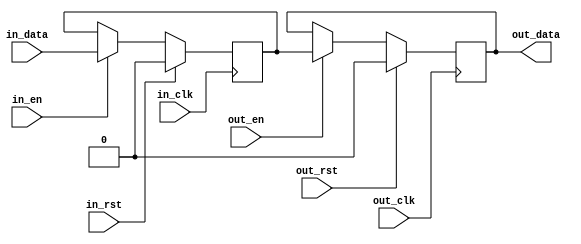
// 
// Copyright (c) 2011, Daniel Strother < http://danstrother.com/ >
// All rights reserved.
// 
// Redistribution and use in source and binary forms, with or without
// modification, are permitted provided that the following conditions are met:
//   - Redistributions of source code must retain the above copyright notice,
//     this list of conditions and the following disclaimer.
//   - Redistributions in binary form must reproduce the above copyright
//     notice, this list of conditions and the following disclaimer in the
//     documentation and/or other materials provided with the distribution.
//   - The name of the author may not be used to endorse or promote products
//     derived from this software without specific prior written permission.
// 
// THIS SOFTWARE IS PROVIDED BY THE AUTHOR "AS IS" AND ANY EXPRESS OR IMPLIED
// WARRANTIES, INCLUDING, BUT NOT LIMITED TO, THE IMPLIED WARRANTIES OF
// MERCHANTABILITY AND FITNESS FOR A PARTICULAR PURPOSE ARE DISCLAIMED. IN NO
// EVENT SHALL THE AUTHOR BE LIABLE FOR ANY DIRECT, INDIRECT, INCIDENTAL,
// SPECIAL, EXEMPLARY, OR CONSEQUENTIAL DAMAGES (INCLUDING, BUT NOT LIMITED
// TO, PROCUREMENT OF SUBSTITUTE GOODS OR SERVICES; LOSS OF USE, DATA, OR
// PROFITS; OR BUSINESS INTERRUPTION) HOWEVER CAUSED AND ON ANY THEORY OF
// LIABILITY, WHETHER IN CONTRACT, STRICT LIABILITY, OR TORT (INCLUDING
// NEGLIGENCE OR OTHERWISE) ARISING IN ANY WAY OUT OF THE USE OF THIS
// SOFTWARE, EVEN IF ADVISED OF THE POSSIBILITY OF SUCH DAMAGE.
//

// Module Description:
// Asynchronous domain crossing for data-path of dlsc_domaincross.
// Does NOT have synchronizer flops; instead, relies on sampling flop
// only being enabled after input data has stabilized.

module dlsc_domaincross_slice #(
    parameter RESET = 1'b0
) (
    // input
    input   wire    in_clk,
    input   wire    in_rst,
    input   wire    in_en,
    input   wire    in_data,

    // output
    input   wire    out_clk,
    input   wire    out_rst,
    input   wire    out_en,
    output  wire    out_data
);

//(* IOB="FALSE", SHIFT_EXTRACT="NO", MAXDELAY="1ns" *) reg in_reg;
(* IOB="FALSE", SHIFT_EXTRACT="NO" *) reg in_reg;

always @(posedge in_clk) begin
    if(in_rst) begin
        in_reg  <= RESET;
    end else if(in_en) begin
        in_reg  <= in_data;
    end
end

(* IOB="FALSE", SHIFT_EXTRACT="NO" *) reg out_reg;

always @(posedge out_clk) begin
    if(out_rst) begin
        out_reg <= RESET;
    end else if(out_en) begin
        out_reg <= in_reg;
    end
end

assign out_data = out_reg;


`ifdef DLSC_SIMULATION
`include "dlsc_sim_top.vh"

always @* begin
    if(!out_rst && in_en && out_en) begin
        `dlsc_error("in_en and out_en must never be asserted simultaneously");
    end
end

reg in_reg_prev;
reg out_rst_prev;
always @(posedge out_clk) begin
    in_reg_prev <= in_reg;
    out_rst_prev <= out_rst;
    if(!out_rst && out_en && in_reg_prev != in_reg) begin
        `dlsc_error("in_reg must be stable when out_en is asserted");
    end
    if(!out_rst && out_rst_prev && (in_reg != RESET || in_reg_prev != RESET)) begin
        `dlsc_error("in_reg must be stable at RESET (%0x) when out_rst is deasserted", RESET);
    end
end

`include "dlsc_sim_bot.vh"
`endif


endmodule